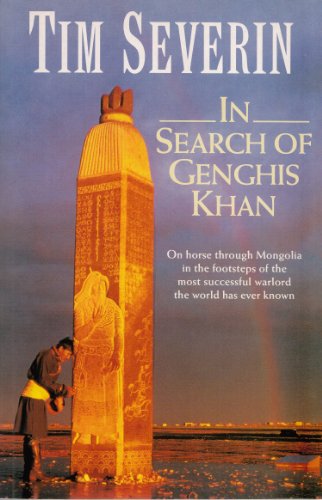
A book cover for In Search of Genghis Khan; TIMOTHY SEVERIN; Travel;